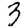
Digit: 3